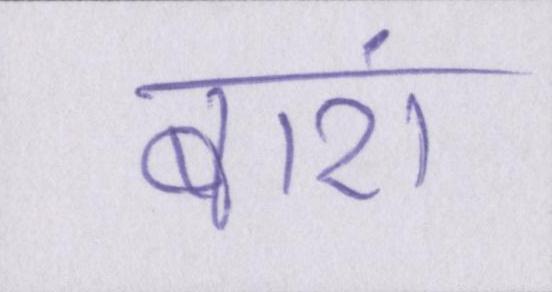
बारां